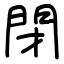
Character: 閉